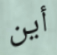
أين